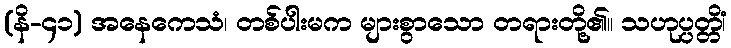
(နိ-၄၁) အနေကေသံ၊ တစ်ပါးမက များစွာသော တရားတို့၏။ သဟုပ္ပတ္တိံ၊